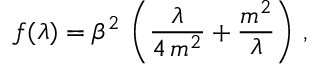
f ( \lambda ) = \beta ^ { 2 } \, \left( \frac { \lambda } { 4 \, m ^ { 2 } } + \frac { m ^ { 2 } } { \lambda } \right) \, ,